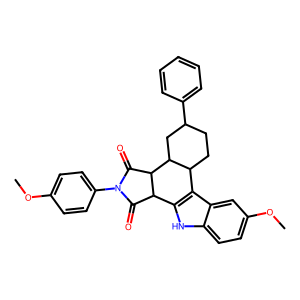
SMILES: COc1ccc(N2C(=O)C3c4[nH]c5ccc(OC)cc5c4C4CCC(c5ccccc5)CC4C3C2=O)cc1
Inhibits HIV replication: No